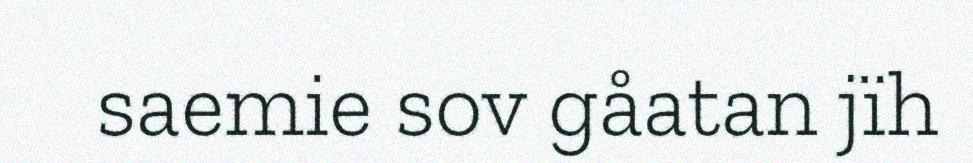
saemie sov gåatan jïh